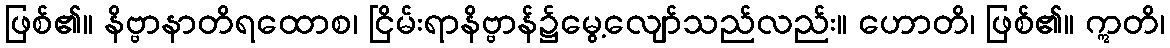
ဖြစ်၏။ နိဗ္ဗာနာတိရထောစ၊ ငြိမ်းရာနိဗ္ဗာန်၌မွေ့လျော်သည်လည်း။ ဟောတိ၊ ဖြစ်၏။ ဣတိ၊